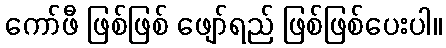
ကော်ဖီ ဖြစ်ဖြစ် ဖျော်ရည် ဖြစ်ဖြစ်ပေးပါ။